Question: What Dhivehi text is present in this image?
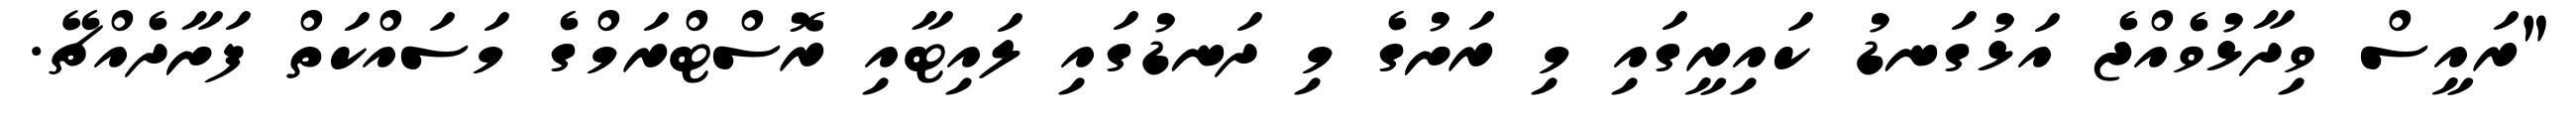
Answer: "ރައީސް ވިދާޅުވެއްޖެ އަޅުގަނޑު ކައިރީގައި މި ރަށުގެ މި ދަނޑުގައި ލައިޓާއި ރޮސްޓްރަމްގެ މަސައްކަތް ފަށާދެއްޗޭ.